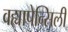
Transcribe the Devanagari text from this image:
वह्यापेन्सिली